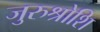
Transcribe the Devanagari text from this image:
जुरुश्रोशि